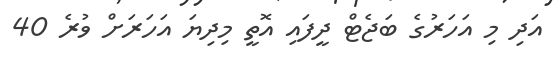
އަދި މި އަހަރުގެ ބަޖެޓް ދީފައި އޮތީ މިދިޔަ އަހަރަށް ވުރެ 40